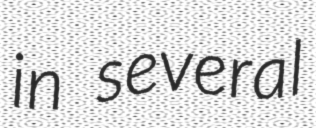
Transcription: in several